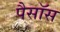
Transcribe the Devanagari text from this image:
पैसॉस